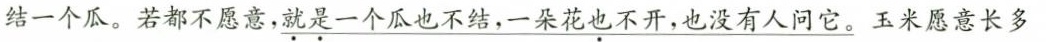
结一个瓜。若都不愿意，\underline{就是一个瓜也不结，一朵花也不开，也没有人问它。}玉米愿意长多